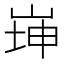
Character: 𡸼